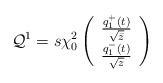
LaTeX: \begin{align*}\mathcal{Q}^1=s\chi_0^2\left(\begin{array}{c}\frac{q_1^+(t)}{\sqrt{\bar{z}}}\\ \frac{q_1^-(t)}{\sqrt{z}}\end{array}\right)\end{align*}